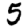
Digit: 5